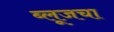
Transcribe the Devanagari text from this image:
ब्लूजचा